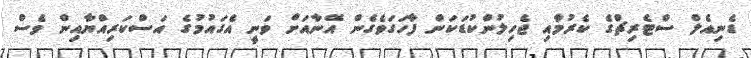
ޑެނިއެލް ސްޓެރިޗްގެ ކެރުމާއި ޖެހިލުންކުޑަކަން ފާހަގަވެގެން އޭނާއަށް ވަނީ އެގައުމުގެ އަސްކަރިއްޔާއިން ވެސް